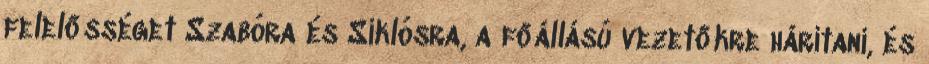
felelősséget Szabóra és Siklósra, a főállású vezetőkre hárítani, és